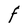
Character: F